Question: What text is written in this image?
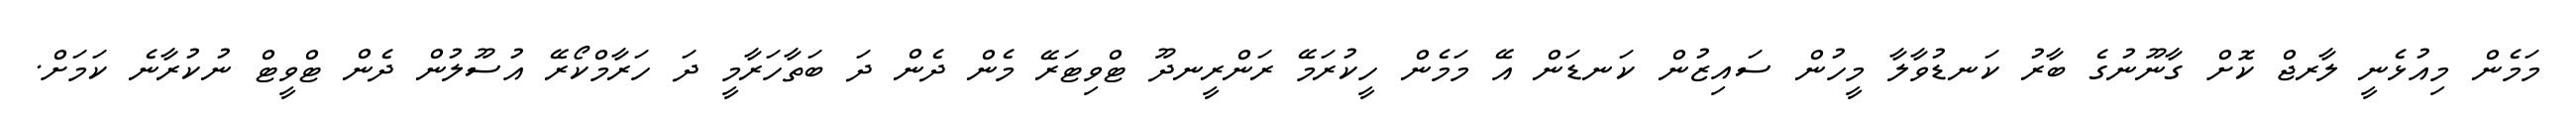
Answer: މަމެން މިއުޅެނީ ލާރޖް ކޮށް ގާނޫނުގެ ބާރު ކަނޑުވާލާ މީހުން ސައިޒުން ކަނޑަން އޭ މަމެން ހީކުރަމޭ ރަންރީނދޫ ޓްވިޓަރޭ މެން ދެން ދަ ބަތާހަރާމީ ދަ ހަރާމްކޯރޭ އުސޫލުން ދެން ޓްވީޓް ނުކުރާނެ ކަމަށް.